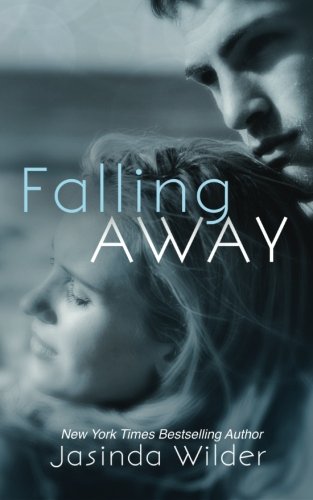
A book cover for Falling Away (Falling Into You); Jasinda Wilder; Romance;